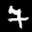
Label: 7